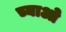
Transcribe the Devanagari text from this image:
च्याओ